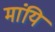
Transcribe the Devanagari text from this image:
मांयि